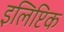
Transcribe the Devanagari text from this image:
इलिप्टिक